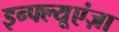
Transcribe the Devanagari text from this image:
इन्फ्ल्यूएंज़ा